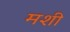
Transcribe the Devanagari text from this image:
मशी